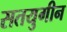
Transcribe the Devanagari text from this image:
सतयुगीन